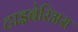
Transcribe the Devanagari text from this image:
टाइबेरिअस